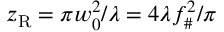
z _ { \mathrm { R } } = \pi w _ { 0 } ^ { 2 } / \lambda = 4 \lambda f _ { \# } ^ { 2 } / \pi